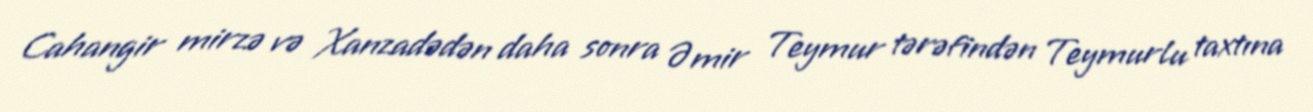
Cahangir mirzə və Xanzadədən daha sonra Əmir Teymur tərəfindən Teymurlu taxtına